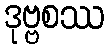
ဒုဗ္ဗစဿ